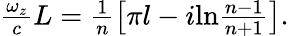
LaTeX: \begin{array}{r}{\frac{\omega_{z}}{c}L=\frac{1}{n}\left[\pi l-i\textrm{ln}\frac{n-1}{n+1}\right].}\end{array}